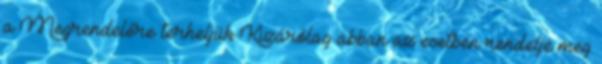
a Megrendelőre terheljük Kizárólag abban az esetben rendelje meg